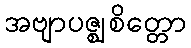
အဗျာပဇ္ဈစိတ္တော